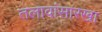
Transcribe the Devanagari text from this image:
तलावांसारखा